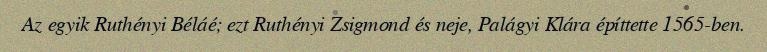
Az egyik Ruthényi Béláé; ezt Ruthényi Zsigmond és neje, Palágyi Klára építtette 1565-ben.